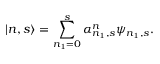
| n , s \rangle = \sum _ { n _ { 1 } = 0 } ^ { s } \alpha _ { n _ { 1 } , s } ^ { n } \psi _ { n _ { 1 } , s } .